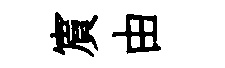
賔由